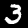
Digit: 3